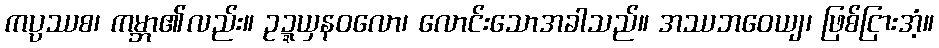
ကပ္ပဿစ၊ ကမ္ဘာ၏လည်း။ ဥဍ္ဍယှနဝလော၊ လောင်းသောအခါသည်။ အဿဘဝေယျ၊ ဖြစ်ငြားအံ့။